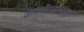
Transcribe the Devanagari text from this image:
कॉलोराडोपासून